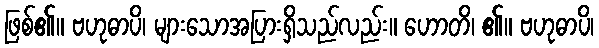
ဖြစ်၏။ ဗဟုဓာပိ၊ များသောအပြားရှိသည်လည်း။ ဟောတိ၊ ၏။ ဗဟုဓာပိ၊